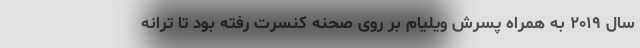
سال ۲۰۱۹ به همراه پسرش ویلیام بر روی صحنه کنسرت رفته بود تا ترانه